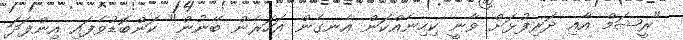
"ރީޝަމް އާއި ދަރިފުޅަށް ވާނީ ކިހިނެއްކަން އެނގެން އަހަރެން ބޭނުން" ކަންބޮޑުވެފައި އިންފަދަ